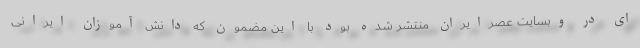
ای در وبسایت عصرایران منتشر شده بود با این مضمون که دانش آموزان ایرانی